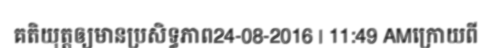
គតិយុត្តឲ្យមានប្រសិទ្ធភាព24-08-2016 | 11:49 AMក្រោយពី